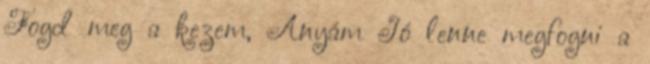
Fogd meg a kezem, Anyám Jó lenne megfogni a